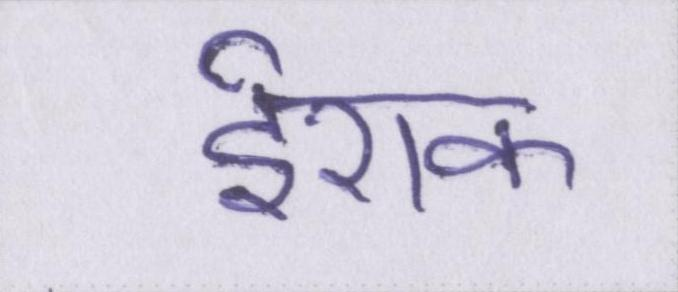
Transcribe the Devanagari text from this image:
ईराक